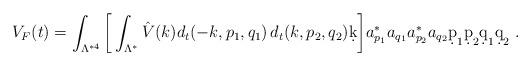
LaTeX: \begin{align*}V_F(t) = \int_{ \Lambda^{*4 } } \bigg[\int_{ \Lambda^{*} }\hat V(k) d_t(-k , p_1, q_1 ) \, d_t(k, p_2, q_2) \d k \bigg]a_{p_1}^* a_{q_1} a_{p_2}^* a_{q_2} \d p_1 \d p_2 \d q_1 \d q_2 \ . \end{align*}